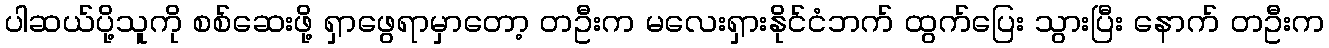
ပါဆယ်ပို့သူကို စစ်ဆေးဖို့ ရှာဖွေရာမှာတော့ တဦးက မလေးရှားနိုင်ငံဘက် ထွက်ပြေး သွားပြီး နောက် တဦးက